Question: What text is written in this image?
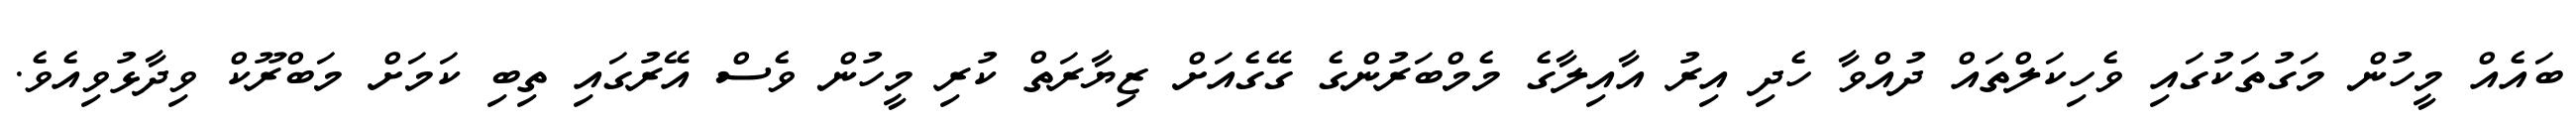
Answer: ބައެއް މީހުން މަގުތަކުގައި ވެހިކަލްތައް ދުއްވާ ހެދި އިރު އާއިލާގެ މެމްބަރުންގެ ގޭގެއަށް ޒިޔާރަތް ކުރި މީހުން ވެސް އޭރުގައި ތިބި ކަމަށް މަބްރޫކް ވިދާޅުވިއެވެ.